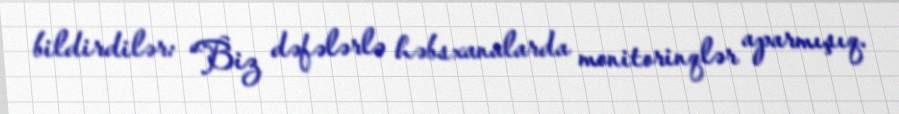
bildirdilər: “Biz dəfələrlə həbsxanalarda monitorinqlər aparmışıq.